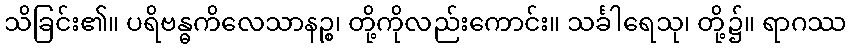
သိခြင်း၏။ ပရိဗန္ဓကိလေသာနဉ္စ၊ တို့ကိုလည်းကောင်း။ သင်္ခါရေသု၊ တို့၌။ ရာဂဿ